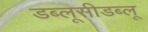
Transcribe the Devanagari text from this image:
डब्लूसीडब्लू